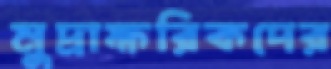
মুদ্রাক্ষরিকদের